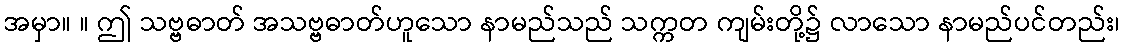
အမှာ။ ။ ဤ သဗ္ဗဓာတ် အသဗ္ဗဓာတ်ဟူသော နာမည်သည် သက္ကတ ကျမ်းတို့၌ လာသော နာမည်ပင်တည်း၊